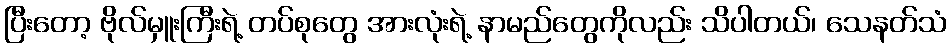
ပြီးတော့ ဗိုလ်မှူးကြီးရဲ့ တပ်စုတွေ အားလုံးရဲ့ နာမည်တွေကိုလည်း သိပါတယ်၊ သေနတ်သံ